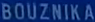
BOUZNika